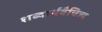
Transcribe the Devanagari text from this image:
शब्दार्थवैचित्र्य